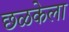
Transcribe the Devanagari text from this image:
छळकेला